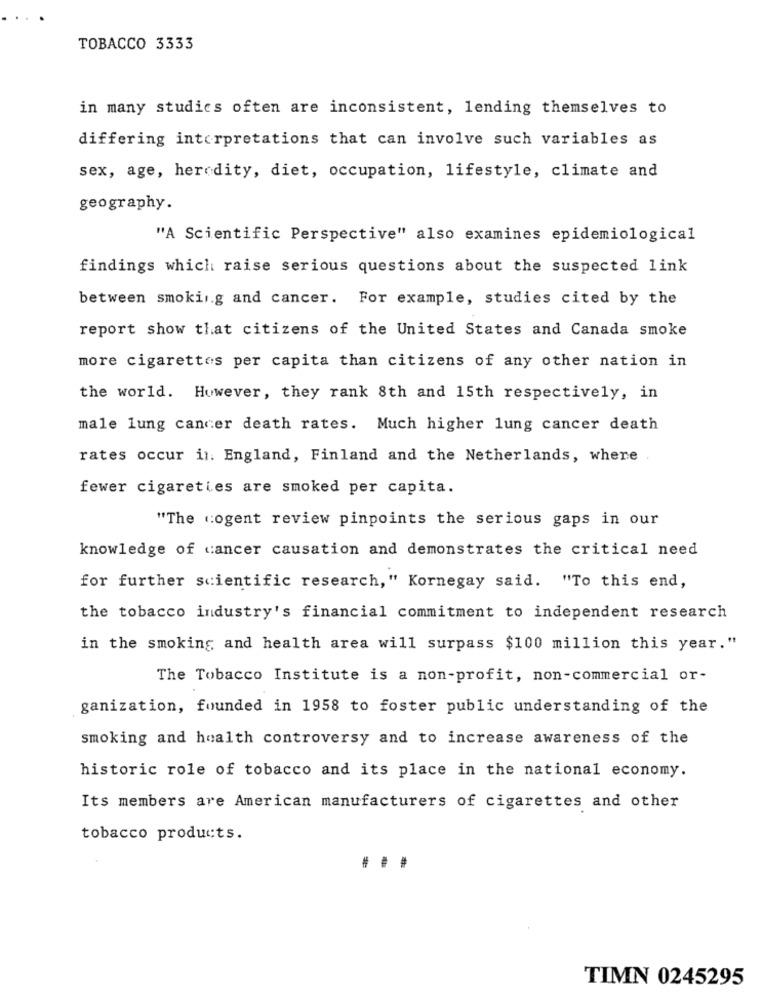
TOBACCO 3333
in many studies often are inconsistent, lending themselves to
differing interpretations that can involve such variables as
sex, age, heredity, diet, occupation, lifestyle, climate and
geography.
"A Scientific Perspective" also examines epidemiological
findings which raise serious questions about the suspected link
between smoking and cancer. For example, studies cited by the
report show that citizens of the United States and Canada smoke
more cigarettes per capita than citizens of any other nation in
the world. However, they rank 8th and 15th respectively, in
male lung cancer death rates. Much higher lung cancer death
rates occur in. England, Finland and the Netherlands, where
fewer cigareties are smoked per capita.
"The cogent review pinpoints the serious gaps in our
knowledge of cancer causation and demonstrates the critical need
for further scientific research," Kornegay said. "To this end,
the tobacco industry's financial commitment to independent research
in the smoking and health area will surpass $100 million this year."
The Tobacco Institute is a non-profit, non-commercial or-
ganization, founded in 1958 to foster public understanding of the
smoking and health controversy and to increase awareness of the
historic role of tobacco and its place in the national economy.
Its members are American manufacturers of cigarettes and other
tobacco products.
...
TIMN 0245295